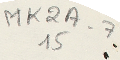
MK2A-7 15